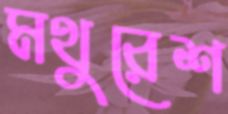
মথুরেশ